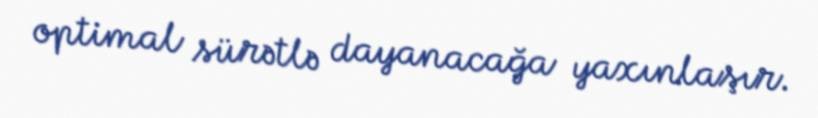
optimal sürətlə dayanacağa yaxınlaşır.